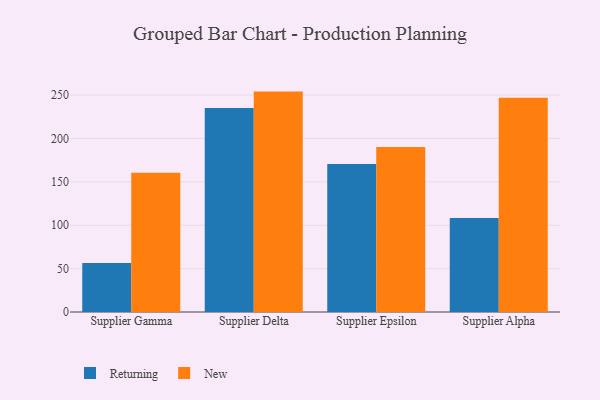
{"axis": {"x": "Supplier", "y": "Market Share (%)"}, "legend": ["New", "Returning"], "data": [{"x": "Supplier Gamma", "y": 56.4, "type": "Returning"}, {"x": "Supplier Gamma", "y": 160.4, "type": "New"}, {"x": "Supplier Delta", "y": 235.1, "type": "Returning"}, {"x": "Supplier Delta", "y": 254.0, "type": "New"}, {"x": "Supplier Epsilon", "y": 170.6, "type": "Returning"}, {"x": "Supplier Epsilon", "y": 190.1, "type": "New"}, {"x": "Supplier Alpha", "y": 108.4, "type": "Returning"}, {"x": "Supplier Alpha", "y": 247.0, "type": "New"}]}